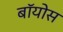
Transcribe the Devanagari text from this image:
बॉयोस